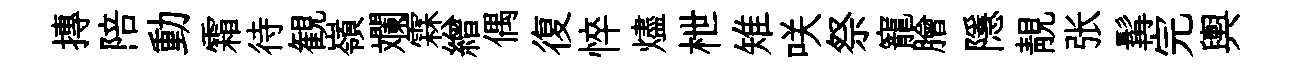
摶陪動霜待観嶺斕霖繒偶復悴燼枻雉咲祭寵膾隱靚张髯完輿